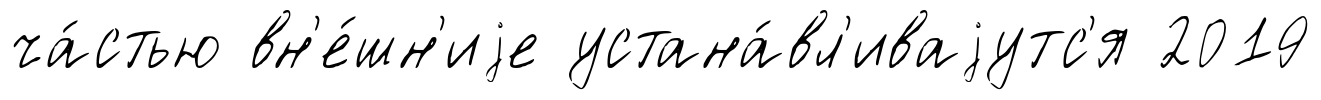
ча́стью вн'е́шн'иjе устана́вл'иваjутс'я 2019